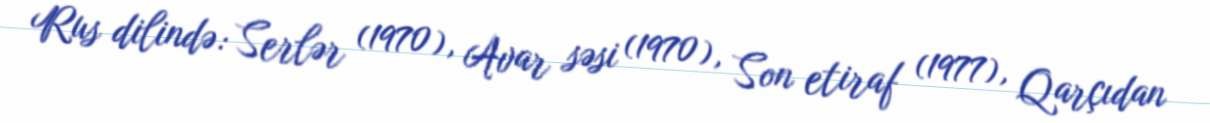
Rus dilində: Serlər (1970), Avar səsi (1970), Son etiraf (1977), Qarçıdan